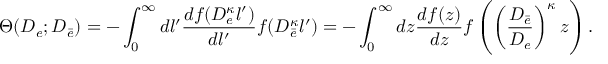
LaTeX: \Theta ( D _ { e } ; D _ { \bar { e } } ) = - \int _ { 0 } ^ { \infty } d l ^ { \prime } \frac { d f ( D _ { e } ^ { \kappa } l ^ { \prime } ) } { d l ^ { \prime } } f ( D _ { \bar { e } } ^ { \kappa } l ^ { \prime } ) = - \int _ { 0 } ^ { \infty } d z \frac { d f ( z ) } { d z } f \left( \left( \frac { D _ { \bar { e } } } { D _ { e } } \right) ^ { \kappa } z \right) .